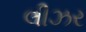
લીઝર